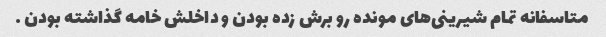
متاسفانه تمام شیرینی‌های مونده رو برش زده بودن و داخلش خامه گذاشته بودن …